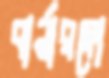
বার্নারদো